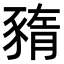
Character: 𧱫